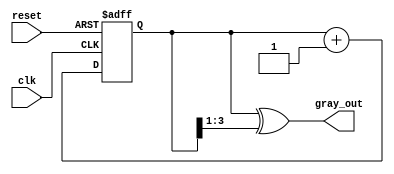
module gray_code_counter #(
    parameter N = 4  // Number of bits for the counter
)(
    input wire clk,        // Clock signal
    input wire reset,      // Asynchronous reset signal
    output reg [N-1:0] gray_out // Gray code output
);

// Internal binary counter
reg [N-1:0] binary_counter;

// Gray code conversion
always @(*) begin
    gray_out = binary_counter ^ (binary_counter >> 1);
end

// Binary counter logic
always @(posedge clk or posedge reset) begin
    if (reset) begin
        binary_counter <= 0; // Reset the counter
    end else begin
        binary_counter <= binary_counter + 1; // Increment the counter
    end
end

endmodule